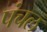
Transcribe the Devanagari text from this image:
पंचल